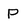
Character: P